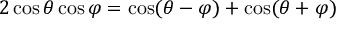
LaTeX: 2 \cos \theta \cos \varphi = { \cos ( \theta - \varphi ) + \cos ( \theta + \varphi ) }